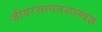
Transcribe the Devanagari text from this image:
जीवरसायनशास्त्रज्ञ